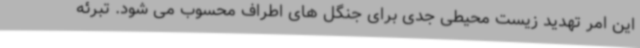
این امر تهدید زیست محیطی جدی برای جنگل های اطراف محسوب می شود. تبرئه